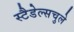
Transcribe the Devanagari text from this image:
स्टैडेल्सचुले